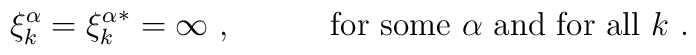
\xi^\alpha_k={\xi^\alpha_k}^*=\infty\ ,\hspace{6ex}{\rm\ for\ some}\ \alpha\ {\rm and\ for\ all}\ k\ .